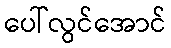
ပေါ်လွင်အောင်